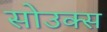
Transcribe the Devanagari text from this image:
सोउक्स